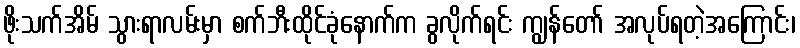
ဖိုးသက်အိမ် သွားရာလမ်းမှာ စက်ဘီးထိုင်ခုံနောက်က ခွလိုက်ရင်း ကျွန်တော် အလုပ်ရတဲ့အကြောင်း၊